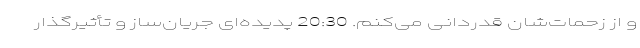
و از زحمات‌شان قدردانی می‌کنم. 20:30 پدیده‌ای جریان‌ساز و تأثیرگذار